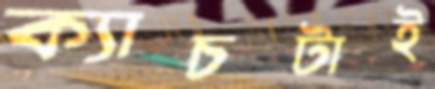
ক্যাচটাই